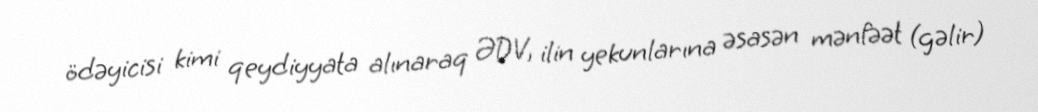
ödəyicisi kimi qeydiyyata alınaraq ƏDV, ilin yekunlarına əsasən mənfəət (gəlir)